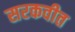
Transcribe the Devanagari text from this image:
सरकवीत